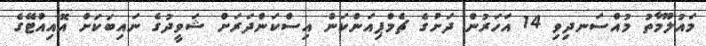
މައުލޫމާތު މުއްސަނދިވި 14 އަހަރުން ދަށުގެ ޗެމްޕިއަންކަން އިސްކަންދަރަށް ޝަވީދުގެ ނައިބަކަށް އޮއިއްޓޭގެ